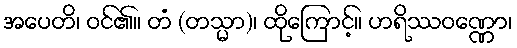
အပေတိ၊ ဝင်၏။ တံ (တသ္မာ)၊ ထိုကြောင့်။ ဟရိဿဝဏ္ဏော၊